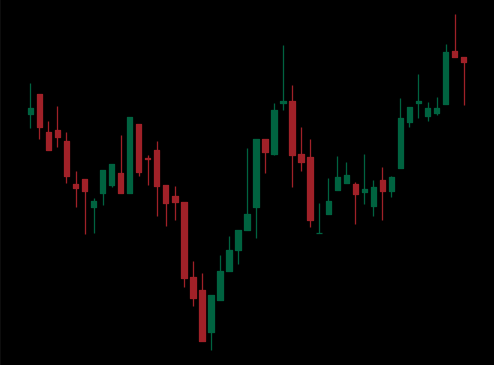
Pattern: inverse_head_shoulders